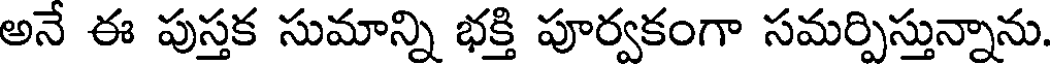
అనే ఈ పుస్తక సుమాన్ని భక్తి పూర్వకంగా సమర్పిస్తున్నాను